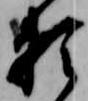
頼